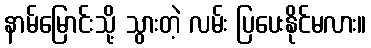
နာမ်မြောင်းသို့ သွားတဲ့ လမ်း ပြပေးနိုင်မလား။